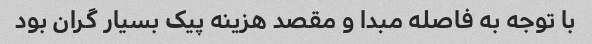
با توجه به فاصله مبدا و مقصد هزینه پیک بسیار گران بود